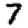
Digit: 7